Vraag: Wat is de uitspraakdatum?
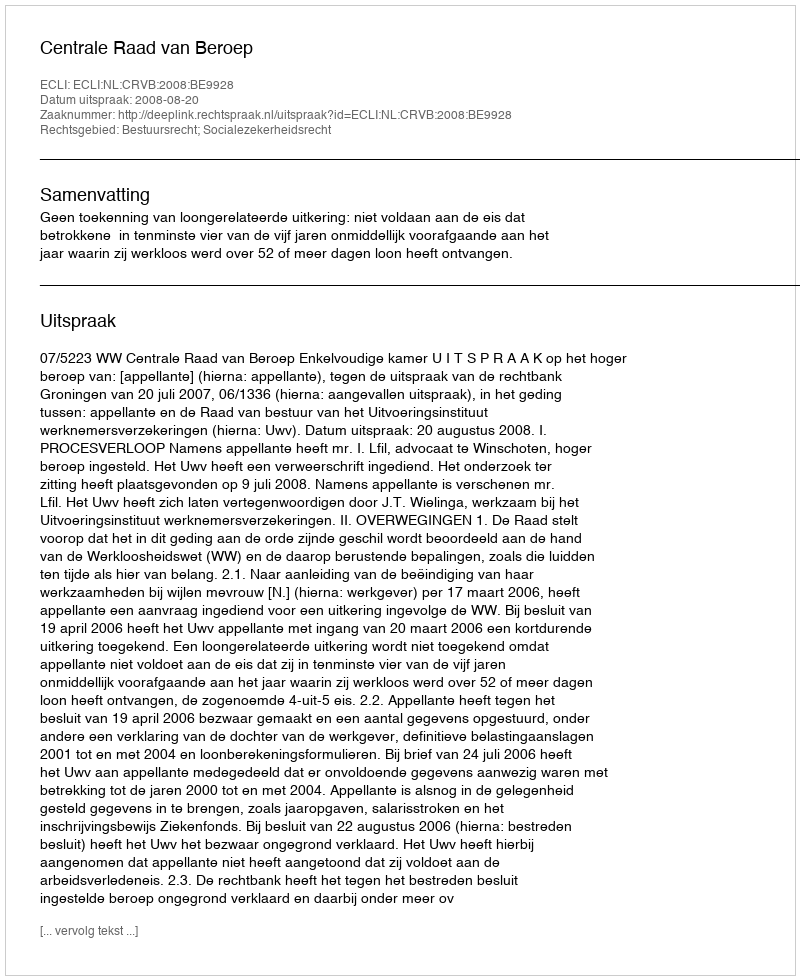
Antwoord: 2008-08-20